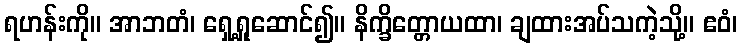
ရဟန်းကို။ အာဘတံ၊ ရှေ့ရှုဆောင်၍။ နိက္ခိတ္တောယထာ၊ ချထားအပ်သကဲ့သို့။ ဧဝံ၊